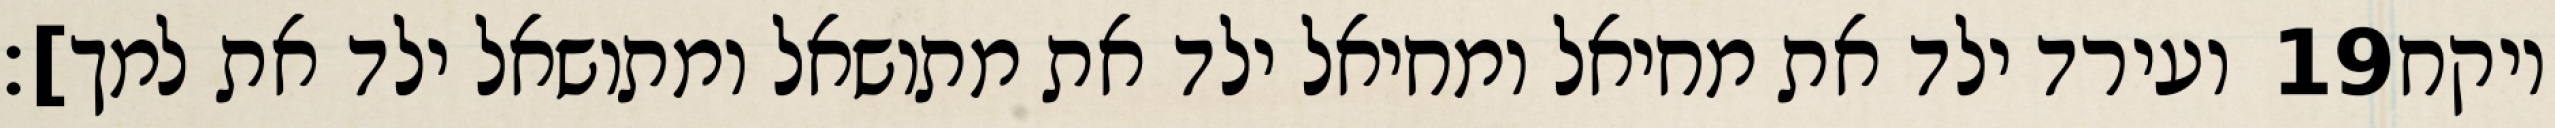
ועירד ילד את מחיאל ומחיאל ילד את מתושאל ומתושאל ילד את למך]׃ ‎19‏ ויקח